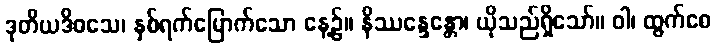
ဒုတိယဒိဝသေ၊ နှစ်ရက်မြောက်သော နေ့၌။ နိဿန္ဒေန္တော၊ ယိုသည်ရှိသော်။ ဝါ၊ ထွက်စေ